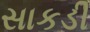
સાકડી